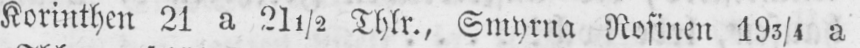
Korinthen 21 a 21½ Thlr., Smyrna Rosinen 193/4 a